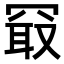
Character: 𪞔